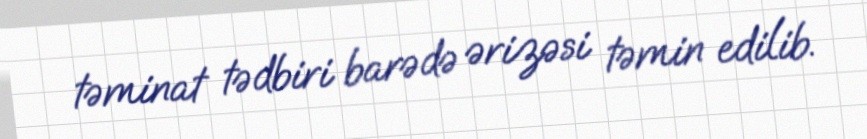
təminat tədbiri barədə ərizəsi təmin edilib.